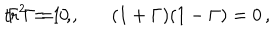
LaTeX: \mathrm { t r } \ \Gamma = 0 \, , \hspace { 1 c m } \Gamma ^ { 2 } = 1 \ , \qquad ( 1 + \Gamma ) ( 1 - \Gamma ) = 0 \, ,